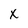
Character: X